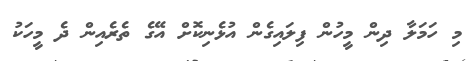
މި ހަމަލާ ދިން މީހުން ފިލައިގެން އުޅެނިކޮށް އޭގެ ތެރެއިން ދެ މީހަކު